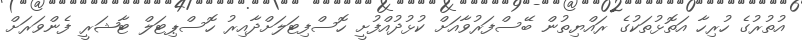
އުތުރުގެ ހުރިހާ އަތޮޅުތަކުގެ ރައްޔިތުން ބޭސްފަރުވާއަށް ކުޅުދުއްފުށީ ހޮސްފިޓަލަށްދާއިރު ހޮސްޕިޓަލް ޓާޝަރީ ފެންވަރަށް